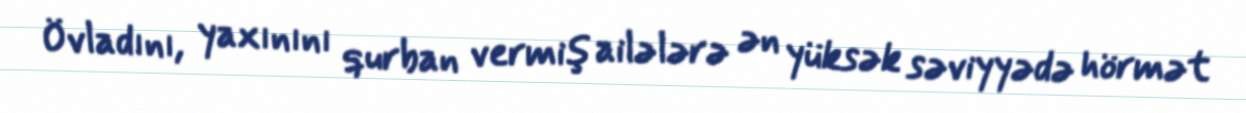
Övladını, yaxınını qurban vermiş ailələrə ən yüksək səviyyədə hörmət